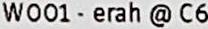
W001 - ERAH @ C6